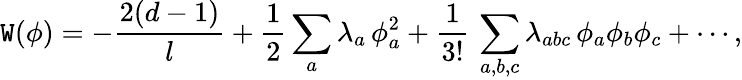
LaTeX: \mathtt{W}(\phi)=-\frac{{2(d-1)}}{{l}}+{\frac{{1}}{{2}}}\sum_{a}\lambda_{a}\, \phi_{a}^{2}+\frac{{1}}{{3!}}\, \sum_{a,b,c}\lambda_{abc}\, \phi_{a}\phi_{b}\phi_{c}+\cdots,